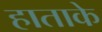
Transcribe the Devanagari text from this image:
हाताके